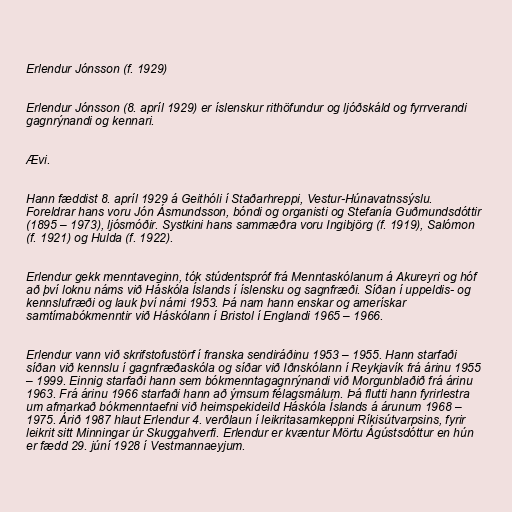
Erlendur Jónsson (f. 1929)

Erlendur Jónsson (8. apríl 1929) er íslenskur rithöfundur og ljóðskáld og fyrrverandi
gagnrýnandi og kennari.

Ævi.

Hann fæddist 8. apríl 1929 á Geithóli í Staðarhreppi, Vestur-Húnavatnssýslu.
Foreldrar hans voru Jón Ásmundsson, bóndi og organisti og Stefanía Guðmundsdóttir
(1895 – 1973), ljósmóðir. Systkini hans sammæðra voru Ingibjörg (f. 1919), Salómon
(f. 1921) og Hulda (f. 1922).

Erlendur gekk menntaveginn, tók stúdentspróf frá Menntaskólanum á Akureyri og hóf
að því loknu náms við Háskóla Íslands í íslensku og sagnfræði. Síðan í uppeldis- og
kennslufræði og lauk því námi 1953. Þá nam hann enskar og amerískar
samtímabókmenntir við Háskólann í Bristol í Englandi 1965 – 1966.

Erlendur vann við skrifstofustörf í franska sendiráðinu 1953 – 1955. Hann starfaði
síðan við kennslu í gagnfræðaskóla og síðar við Iðnskólann í Reykjavík frá árinu 1955
– 1999. Einnig starfaði hann sem bókmenntagagnrýnandi við Morgunblaðið frá árinu
1963. Frá árinu 1966 starfaði hann að ýmsum félagsmálum. Þá flutti hann fyrirlestra
um afmarkað bókmenntaefni við heimspekideild Háskóla Íslands á árunum 1968 –
1975. Árið 1987 hlaut Erlendur 4. verðlaun í leikritasamkeppni Ríkisútvarpsins, fyrir
leikrit sitt Minningar úr Skuggahverfi. Erlendur er kvæntur Mörtu Ágústsdóttur en hún
er fædd 29. júní 1928 í Vestmannaeyjum.